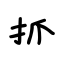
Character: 抓